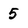
Character: 5